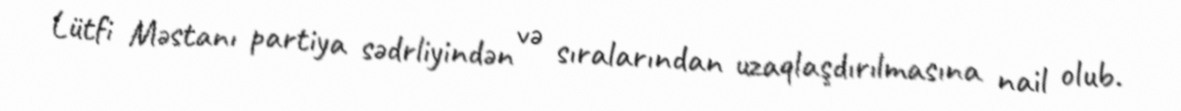
Lütfi Məstanı partiya sədrliyindən və sıralarından uzaqlaşdırılmasına nail olub.